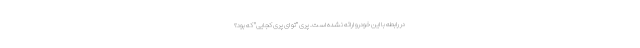
در رابطه با این خودرو ارائه نشده است. پریِ "تو ای پری کجایی" که بود؟